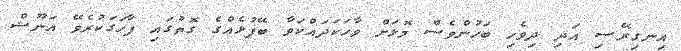
އިނގިރޭސި އަދި ދިވެހި ބަހުންވެސް މޮޅަށް ވާހަކަދައްކަވާ ބޭފުޅެއްގެ ގޮތުގައި ފާހަގަކުރެވޭ އަނޫޝް